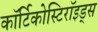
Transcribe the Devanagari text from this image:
कॉर्टिकोस्टिरॉइड्स